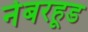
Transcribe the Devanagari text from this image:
नेबरहूड